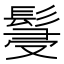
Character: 䯹